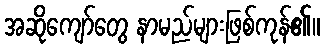
အဆိုကျော်တွေ နာမည်များဖြစ်ကုန်၏။